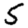
Digit: 5